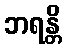
ဘရန္တိ